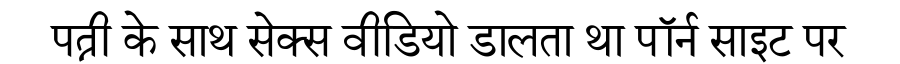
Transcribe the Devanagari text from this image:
पत्नी के साथ सेक्स वीडियो डालता था पॉर्न साइट पर